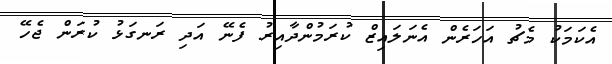
އެކަމަކު މެޗު އަހަރެން އެނަލައިޒް ކުރަމުންދާއިރު ފެނޭ އަދި ރަނގަޅު ކުރަން ޖެހޭ